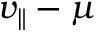
v _ { \parallel } - \mu